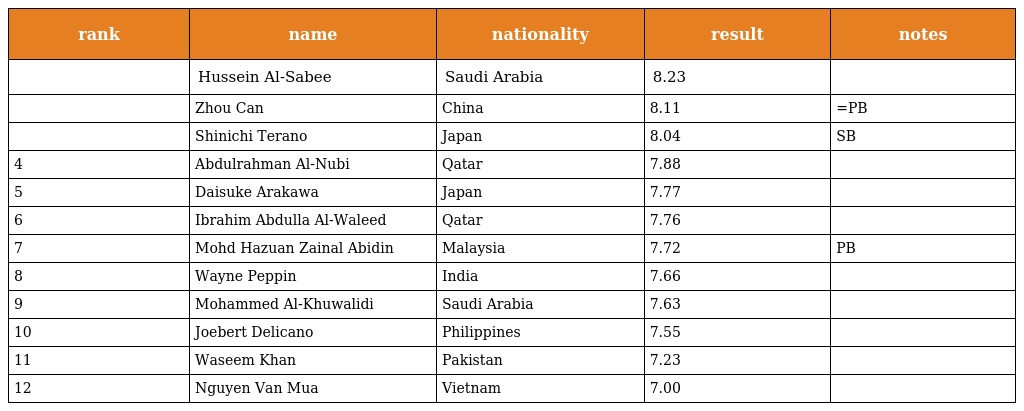
| rank | name | nationality | result | notes |
 | --- | --- | --- | --- | --- |
 |  | Hussein Al-Sabee | Saudi Arabia | 8.23 |  |
 |  | Zhou Can | China | 8.11 | =PB |
 |  | Shinichi Terano | Japan | 8.04 | SB |
 | 4 | Abdulrahman Al-Nubi | Qatar | 7.88 |  |
 | 5 | Daisuke Arakawa | Japan | 7.77 |  |
 | 6 | Ibrahim Abdulla Al-Waleed | Qatar | 7.76 |  |
 | 7 | Mohd Hazuan Zainal Abidin | Malaysia | 7.72 | PB |
 | 8 | Wayne Peppin | India | 7.66 |  |
 | 9 | Mohammed Al-Khuwalidi | Saudi Arabia | 7.63 |  |
 | 10 | Joebert Delicano | Philippines | 7.55 |  |
 | 11 | Waseem Khan | Pakistan | 7.23 |  |
 | 12 | Nguyen Van Mua | Vietnam | 7.00 |  |